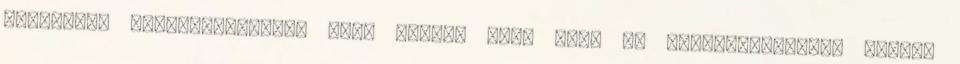
sablonnal megjeleníthető, hogy mennyi időt tölt az értekezleteken, kikkel